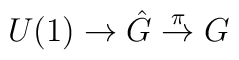
U(1) \to \hat G \stackrel{\pi}{\to} G